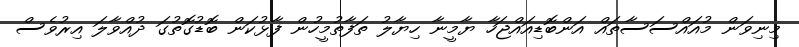
މިނިވަން މުއައްސަސާތައް އަންބޮޑިއައްޖަހާ ޔާމީނާ ހިޔާލު ތަފާތުމީހުން ފާޅުކަން ބޮޑުގޮތުގަ ދުއްވާލަ އިރުވެސް